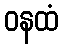
ဝနထံ